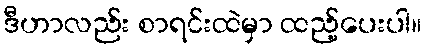
ဒီဟာလည်း စာရင်းထဲမှာ ထည့်ပေးပါ။